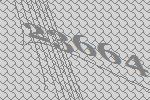
23664